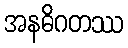
အနဓိဂတဿ